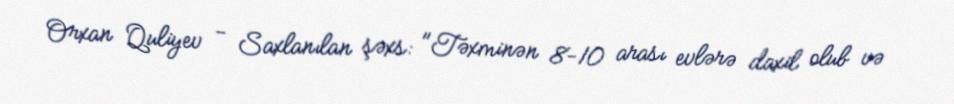
Orxan Quliyev - Saxlanılan şəxs: "Təxminən 8-10 arası evlərə daxil olub və